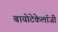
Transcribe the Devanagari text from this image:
बायोटेकेलॉजी